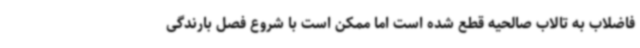
فاضلاب به تالاب صالحیه قطع شده است اما ممکن است با شروع فصل بارندگی‌